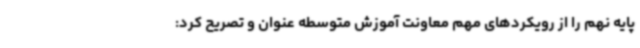
پایه نهم را از رویکردهای مهم معاونت آموزش متوسطه عنوان و تصریح کرد: